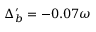
\Delta _ { b } ^ { \prime } = - 0 . 0 7 \omega